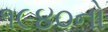
૧૯૪૦નો